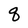
Character: q